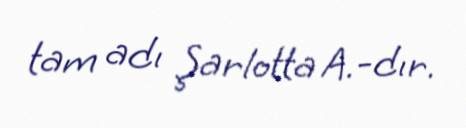
tam adı Şarlotta A.-dır.